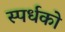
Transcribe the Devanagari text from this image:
स्पर्धको